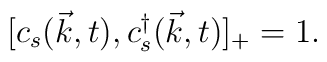
[c_s(\vec k, t), c^\dag_s(\vec k, t)]_+=1.